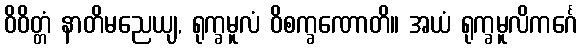
ဝိဝိတ္တံ နာတိမညေယျ, ရုက္ခမူလံ ဝိစက္ခဏောတိ။ အယံ ရုက္ခမူလိကင်္ဂေ